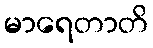
မာရေတာတိ